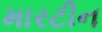
મારટીન